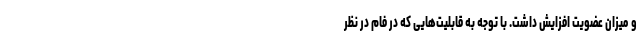
و میزان عضویت افزایش داشت. با توجه به قابلیت‌هایی که در فام در نظر